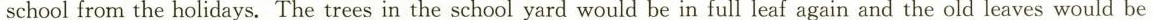
schoolfrom the holidays.The trees in the school yard would be in full leaf again and the old leaves would be